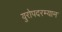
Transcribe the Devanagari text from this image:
युरोपदरम्यान